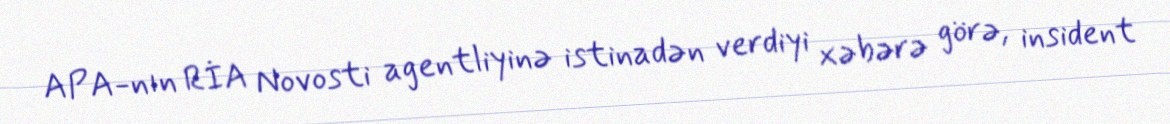
APA-nın RİA Novosti agentliyinə istinadən verdiyi xəbərə görə, insident